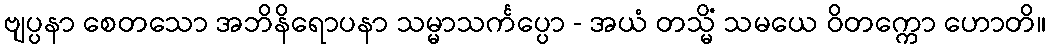
ဗျပ္ပနာ စေတသော အဘိနိရောပနာ သမ္မာသင်္ကပ္ပော - အယံ တသ္မိံ သမယေ ဝိတက္ကော ဟောတိ။